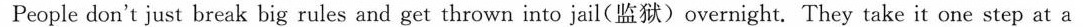
People don't just break big rules and get thrown into jail(监狱)overnight. They take it one step at a